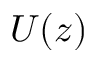
U ( z )